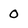
Character: 0